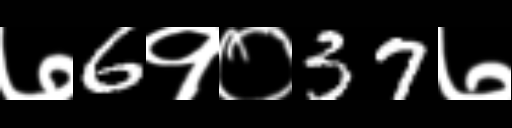
Text: ७6१०37७